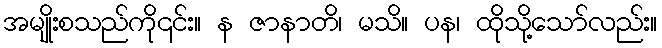
အမျိုးစသည်ကို၎င်း။ န ဇာနာတိ၊ မသိ။ ပန၊ ထိုသို့သော်လည်း။